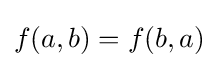
f(a,b)=f(b,a)